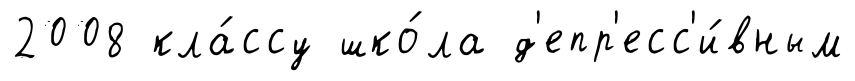
2008 кла́ссу шко́ла д'епр'есс'и́вным